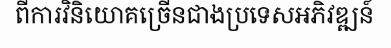
ពីការវិនិយោគច្រើនជាងប្រទេសអភិវឌ្ឍន៍